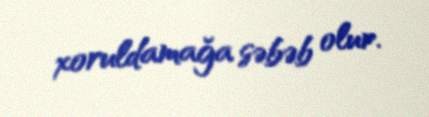
xoruldamağa səbəb olur.